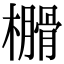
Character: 𣝗